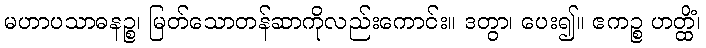
မဟာပသာဓနဉ္စ၊ မြတ်သောတန်ဆာကိုလည်းကောင်း။ ဒတွာ၊ ပေး၍။ ဧကဉ္စ ဟတ္ထိံ၊